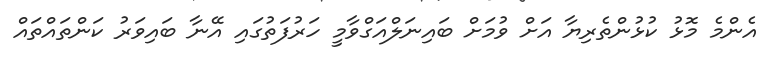
އެންމެ މޮޅު ކުޅުންތެރިޔާ އަށް ވުމަށް ބައިނަލްއަގްވާމީ ހަރުފަތުގައި އޭނާ ބައިވަރު ކަންތައްތައް